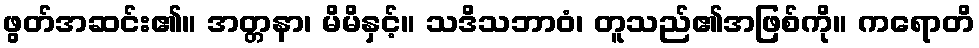
ဖွတ်အဆင်း၏။ အတ္တနာ၊ မိမိနှင့်။ သဒိသဘာဝံ၊ တူသည်၏အဖြစ်ကို။ ကရောတိ